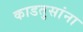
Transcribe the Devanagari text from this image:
काडतुसांना